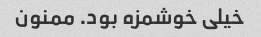
خیلى خوشمزه بود. ممنون